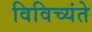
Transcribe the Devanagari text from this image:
विविच्यंते